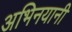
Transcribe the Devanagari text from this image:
अभिनयानी